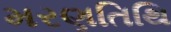
મરણતિથિ